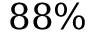
8 8 \%